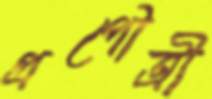
প্রপৌত্রী